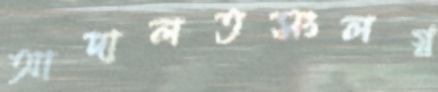
আদালতসংলগ্ন